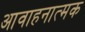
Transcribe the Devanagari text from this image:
आवाहनात्मक